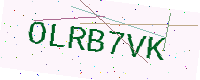
Text: OLRB7VK